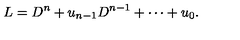
L = D ^ { n } + u _ { n - 1 } D ^ { n - 1 } + \cdots + u _ { 0 } .